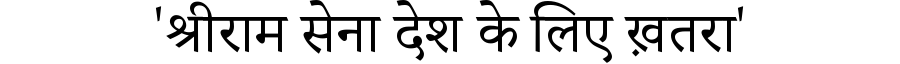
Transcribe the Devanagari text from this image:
'श्रीराम सेना देश के लिए ख़तरा'